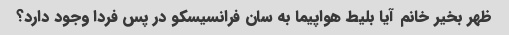
ظهر بخیر خانم آیا بلیط هواپیما به سان فرانسیسکو در پس فردا وجود دارد؟